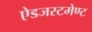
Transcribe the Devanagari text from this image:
ऐडजस्टमेण्ट